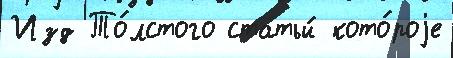
Изд То́лстого статьи́ кото́роjе